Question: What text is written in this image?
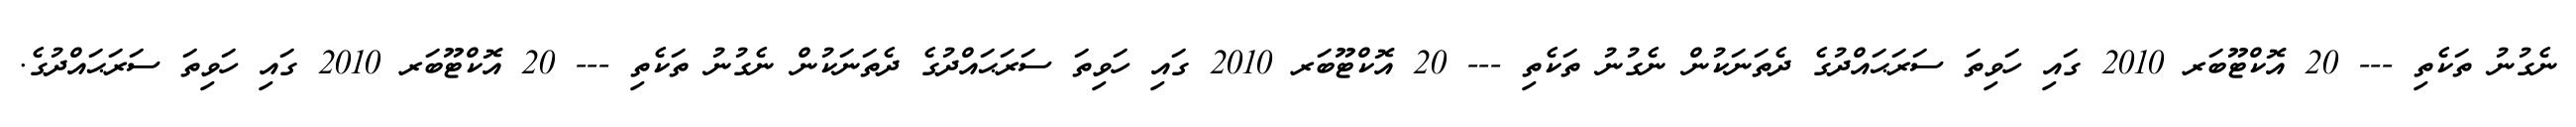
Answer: ނެގުނު ތަކެތި --- 20 އޮކްޓޫބަރ 2010 ގައި ހަވިތަ ސަރަޙައްދުގެ ދެތަނަކުން ނެގުނު ތަކެތި --- 20 އޮކްޓޫބަރ 2010 ގައި ހަވިތަ ސަރަޙައްދުގެ ދެތަނަކުން ނެގުނު ތަކެތި --- 20 އޮކްޓޫބަރ 2010 ގައި ހަވިތަ ސަރަޙައްދުގެ.